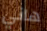
هاني